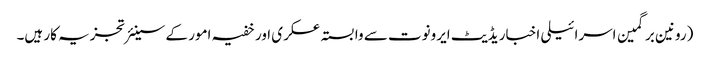
(رونین برگمین اسرائیلی اخبار یڈیٹ ایرونوت سے وابستہ عسکری اور خفیہ امور کے سینئر تجزیہ کار ہیں۔